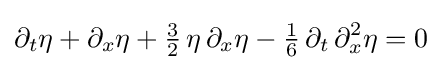
\partial _{t}\eta +\partial _{x}\eta +{\tfrac {3}{2}}\,\eta \,\partial _{x}\eta -{\tfrac {1}{6}}\,\partial _{t}\,\partial _{x}^{2}\eta =0